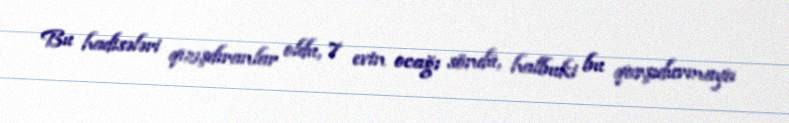
Bu hadisələri qızışdıranlar oldu, 7 evin ocağı söndü, halbuki bu qarşıdurmaya